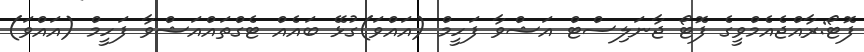
ފޮޓޯ:ރާއްޖެއެމްވީގެ ފޮޓޯ ޖާނަލިސްޓް އަޝްވާ ފަހީމް (އައްވަ)ގުޅޭ ބައެއް ޓެގްތައްއަޝްވާ ފަހީމް (އައްވަ)